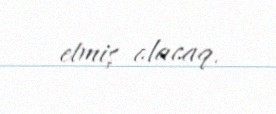
etmiş olacaq.